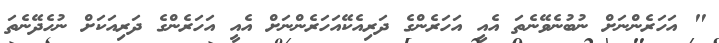
" އަހަރެންނަށް ނުބުނެވޭނެތަ އެއީ އަހަރެންގެ ދަރިއެކޭއަހަރެންނަށް އެއީ އަހަރެންގެ ދަރިއަކަށް ނުހެދޭނެތަ